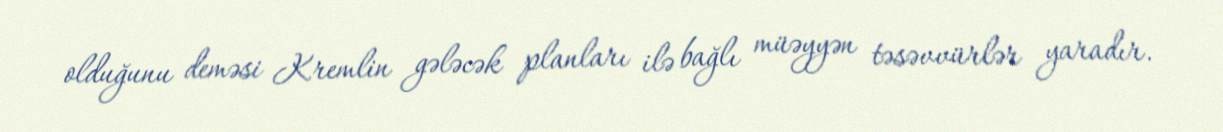
olduğunu deməsi Kremlin gələcək planları ilə bağlı müəyyən təsəvvürlər yaradır.